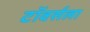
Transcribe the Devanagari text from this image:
टॉवर्सला